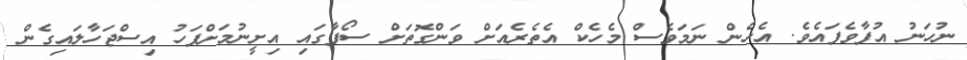
ނުހަނު އުފާވެފައެވެ. އެހެން ނަމަވެސް މެހެކް އެތެރެއަށް ވަންގޮތަށް ސޯފާގައި އިށީނުމަށްފަހު އިސްޖަހާލައިގެން